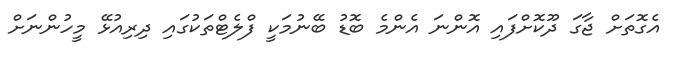
އެގޮތަށް ޖާގަ ދޫކޮށްފައި އޮންނަ އެންމެ ބޮޑު ބޭނުމަކީ ފްލެޓްތަކުގައި ދިރިއުޅޭ މީހުންނަށް